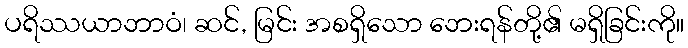
ပရိဿယာဘာဝံ၊ ဆင်, မြင်း အစရှိသော ဘေးရန်တို့၏ မရှိခြင်းကို။